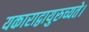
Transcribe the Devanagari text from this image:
यकाराद्वायुरुच्यते।